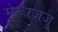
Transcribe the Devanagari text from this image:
मेरूरजजु